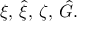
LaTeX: \xi , \, \hat { \xi } , \, \zeta , \, \hat { G } .